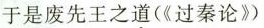
于是废先王之道(《过秦论》